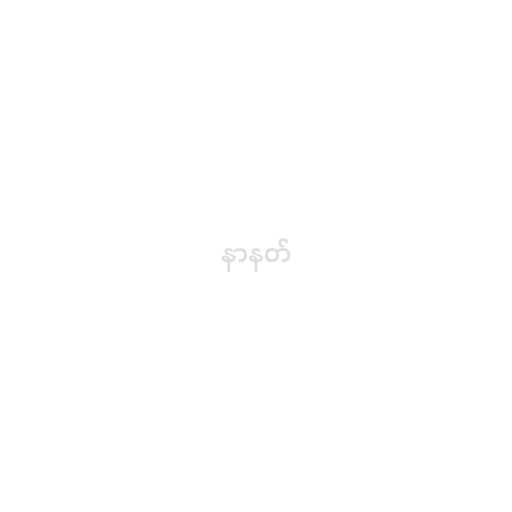
နာနတ်